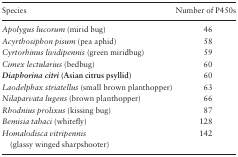
<table><thead><tr><td><b>Species</b></td><td><b>Number of P450s</b></td></tr></thead><tbody><tr><td><i>Apolygus lucorum</i> (mirid bug)</td><td>46</td></tr><tr><td><i>Acyrthosiphon pisum</i> (pea aphid)</td><td>58</td></tr><tr><td><i>Cyrtorhinus lividipennis</i> (green miridbug)</td><td>59</td></tr><tr><td><i>Cimex lectularius</i> (bedbug)</td><td>60</td></tr><tr><td><b><i>Diaphorina citri</i> (Asian citrus psyllid)</b></td><td>60</td></tr><tr><td><i>Laodelphax striatellus</i> (small brown planthopper)</td><td>63</td></tr><tr><td><i>Nilaparvata lugens</i> (brown planthopper)</td><td>66</td></tr><tr><td><i>Rhodnius prolixus</i> (kissing bug)</td><td>87</td></tr><tr><td><i>Bemisia tabaci</i> (whitefly)</td><td>128</td></tr><tr><td><i>Homalodisca vitripennis</i> (glassy winged sharpshooter)</td><td>142</td></tr></tbody></table>